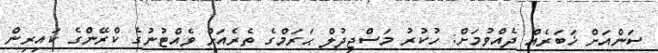
ސަންއަށް ޚަބަރެއް ދެއްވުމަށް: ހުކުރު މަސްޖިދުލް ޙަރަމްގެ ތެރެއަށް ވެއްޓުނުގެ ކްރޭންގެ ކައިރިން